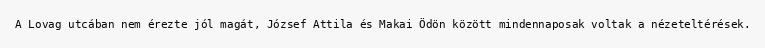
A Lovag utcában nem érezte jól magát, József Attila és Makai Ödön között mindennaposak voltak a nézeteltérések.